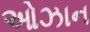
ઓઝાન